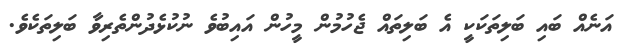
އަނެއް ބައި ބަލިތަކަކީ އެ ބަލިތައް ޖެހުމުން މީހުން އައިބުވެ ނުކުޅެދުންތެރިވާ ބަލިތަކެވެ.